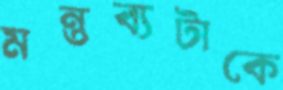
মন্তব্যটাকে